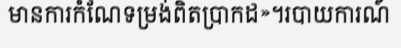
មានការកំណែទម្រង់ពិតប្រាកដ»។របាយការណ៍